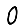
Digit: 0